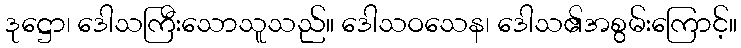
ဒုဋ္ဌော၊ ဒေါသကြီးသောသူသည်။ ဒေါသဝသေန၊ ဒေါသ၏အစွမ်းကြောင့်။